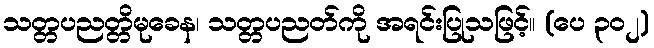
သတ္တပညတ္တိမုခေန၊ သတ္တပညတ်ကို အရင်းပြုသဖြင့်။ (ပေ ၃၀၂)